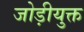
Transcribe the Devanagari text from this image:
जोड़ीयुक्त